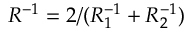
R ^ { - 1 } = 2 / ( R _ { 1 } ^ { - 1 } + R _ { 2 } ^ { - 1 } )